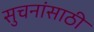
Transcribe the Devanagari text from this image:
सुचनांसाठी